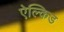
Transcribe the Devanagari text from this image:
ऐल्किड